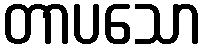
တာပသော